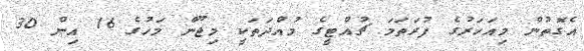
އެގޮތުން މިއަހަރުގެ ފުރަތަމަ ޗުއްޓީގެ މުއްދަތަކީ މިޖޫން މަހުގެ 16 އިން 30